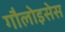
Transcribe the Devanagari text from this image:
गौलोइसेस